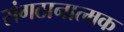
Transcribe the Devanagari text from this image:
संगठानात्मक